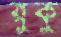
রুকু